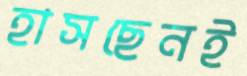
হাসছেনই